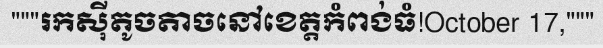
"""រកស៊ីតូចតាចនៅខេត្តកំពង់ធំ!October 17,"""